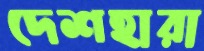
দেশহারা